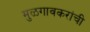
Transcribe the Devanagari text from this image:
मुळगावकरांची